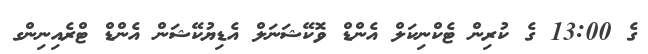
ގެ 13:00 ގެ ކުރިން ޓެކްނިކަލް އެންޑް ވޮކޭޝަނަލް އެޑިޔުކޭޝަން އެންޑް ޓްރެއިނިންގ